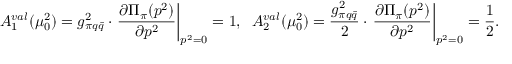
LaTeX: A _ { 1 } ^ { v a l } ( \mu _ { 0 } ^ { 2 } ) = g _ { \pi q \bar { q } } ^ { 2 } \cdot \left. \frac { \partial { \Pi } _ { \pi } ( p ^ { 2 } ) } { \partial p ^ { 2 } } \right| _ { p ^ { 2 } = 0 } = 1 , \; \; A _ { 2 } ^ { v a l } ( \mu _ { 0 } ^ { 2 } ) = \frac { g _ { \pi q \bar { q } } ^ { 2 } } { 2 } \cdot \left. \frac { \partial { \Pi } _ { \pi } ( p ^ { 2 } ) } { \partial p ^ { 2 } } \right| _ { p ^ { 2 } = 0 } = \frac { 1 } { 2 } .